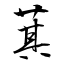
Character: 萁